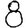
Digit: 8